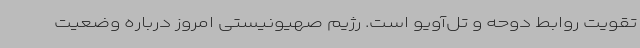
تقویت روابط دوحه و تل‌آویو است. رژیم صهیونیستی امروز درباره وضعیت